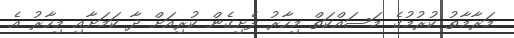
މަރާމާތު ކުރުމުގެ މަސައްކަތް މިހާރު ފެށިގެން ކުރިއަށް ދާ ކަމަށާއި މިހާރު އެ